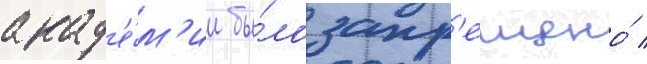
акад'е́м'ии бы́ло запр'ещено́ /